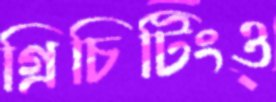
গ্রিচিটিংও